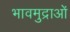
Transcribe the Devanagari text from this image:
भावमुद्राओं